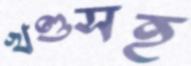
খণ্ডসহ